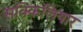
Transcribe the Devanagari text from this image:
सक्किलियार